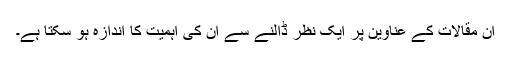
ان مقالات کے عناوین پر ایک نظر ڈالنے سے ان کی اہمیت کا اندازہ ہو سکتا ہے۔